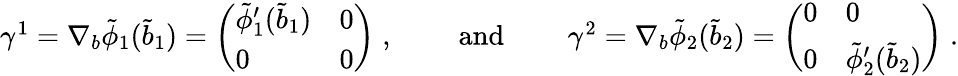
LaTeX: \begin{array}{r}{\gamma^{1}=\nabla_{b}\tilde{\phi}_{1}(\tilde{b}_{1})=\left(\begin{array}{ll}{\tilde{\phi}_{1}^{\prime}(\tilde{b}_{1})}&{0}\\ {0}&{0}\end{array}\right)\; ,\quad\quad\mathrm{~and~}\quad\quad\gamma^{2}=\nabla_{b}\tilde{\phi}_{2}(\tilde{b}_{2})=\left(\begin{array}{ll}{0}&{0}\\ {0}&{\tilde{\phi}_{2}^{\prime}(\tilde{b}_{2})}\end{array}\right)\; .}\end{array}